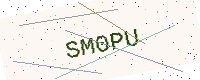
Text: SM0PU